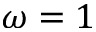
\omega = 1